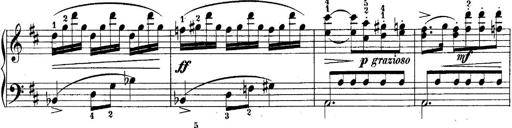
Title: 10 Sonatines progressives
Composer: Anton Schmoll